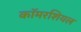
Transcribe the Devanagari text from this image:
कॉमरशियल